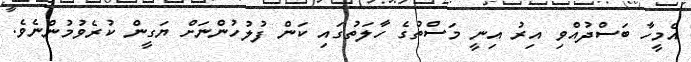
އެމީހާ ބަސްދުއްވި އިރު އިނީ މަސްތުގެ ހާލަތުގައި ކަން ފުލުހުންނަށް ޔަގީން ކުރެވުމުންނެވެ.